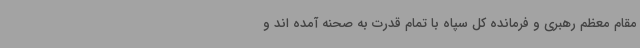
مقام معظم رهبری و فرمانده کل سپاه با تمام قدرت به صحنه آمده اند و